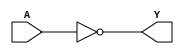
module NOT_gate(
    input wire A,
    output reg Y
);

always @*
    Y = ~A;

endmodule